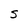
Character: S